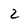
Character: 2